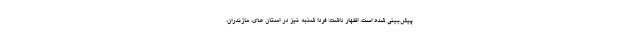
پیش‌بینی شده است، اظهار داشت: فردا شنبه نیز در استان های، مازندران،